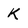
Character: k